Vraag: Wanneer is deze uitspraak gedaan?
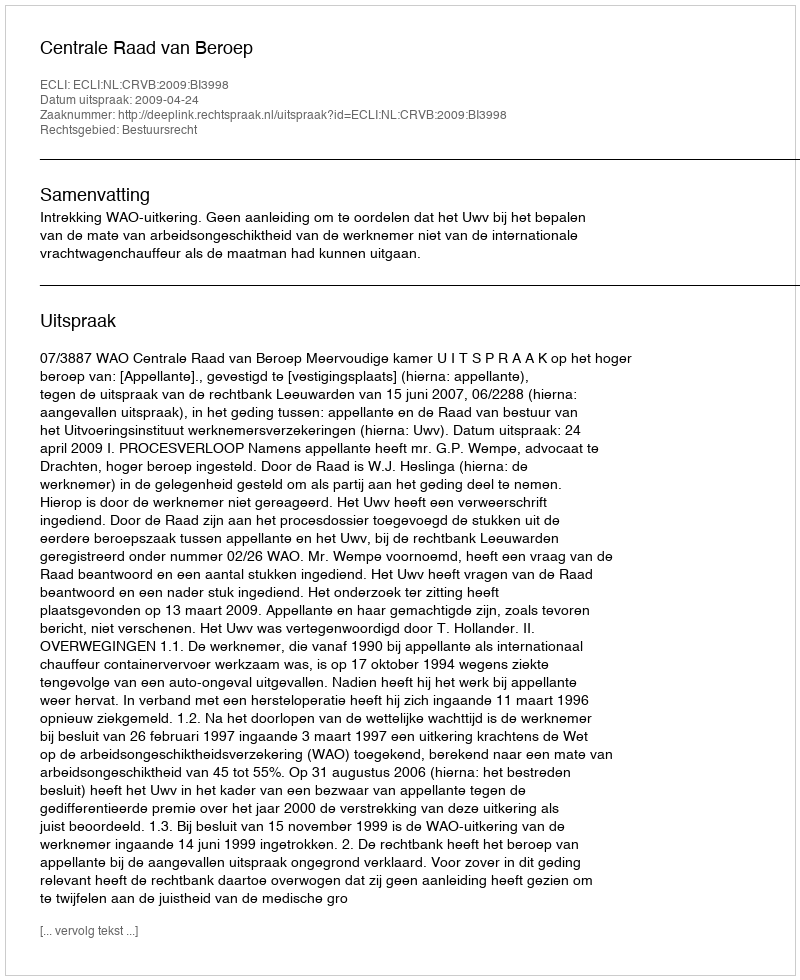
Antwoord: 2009-04-24